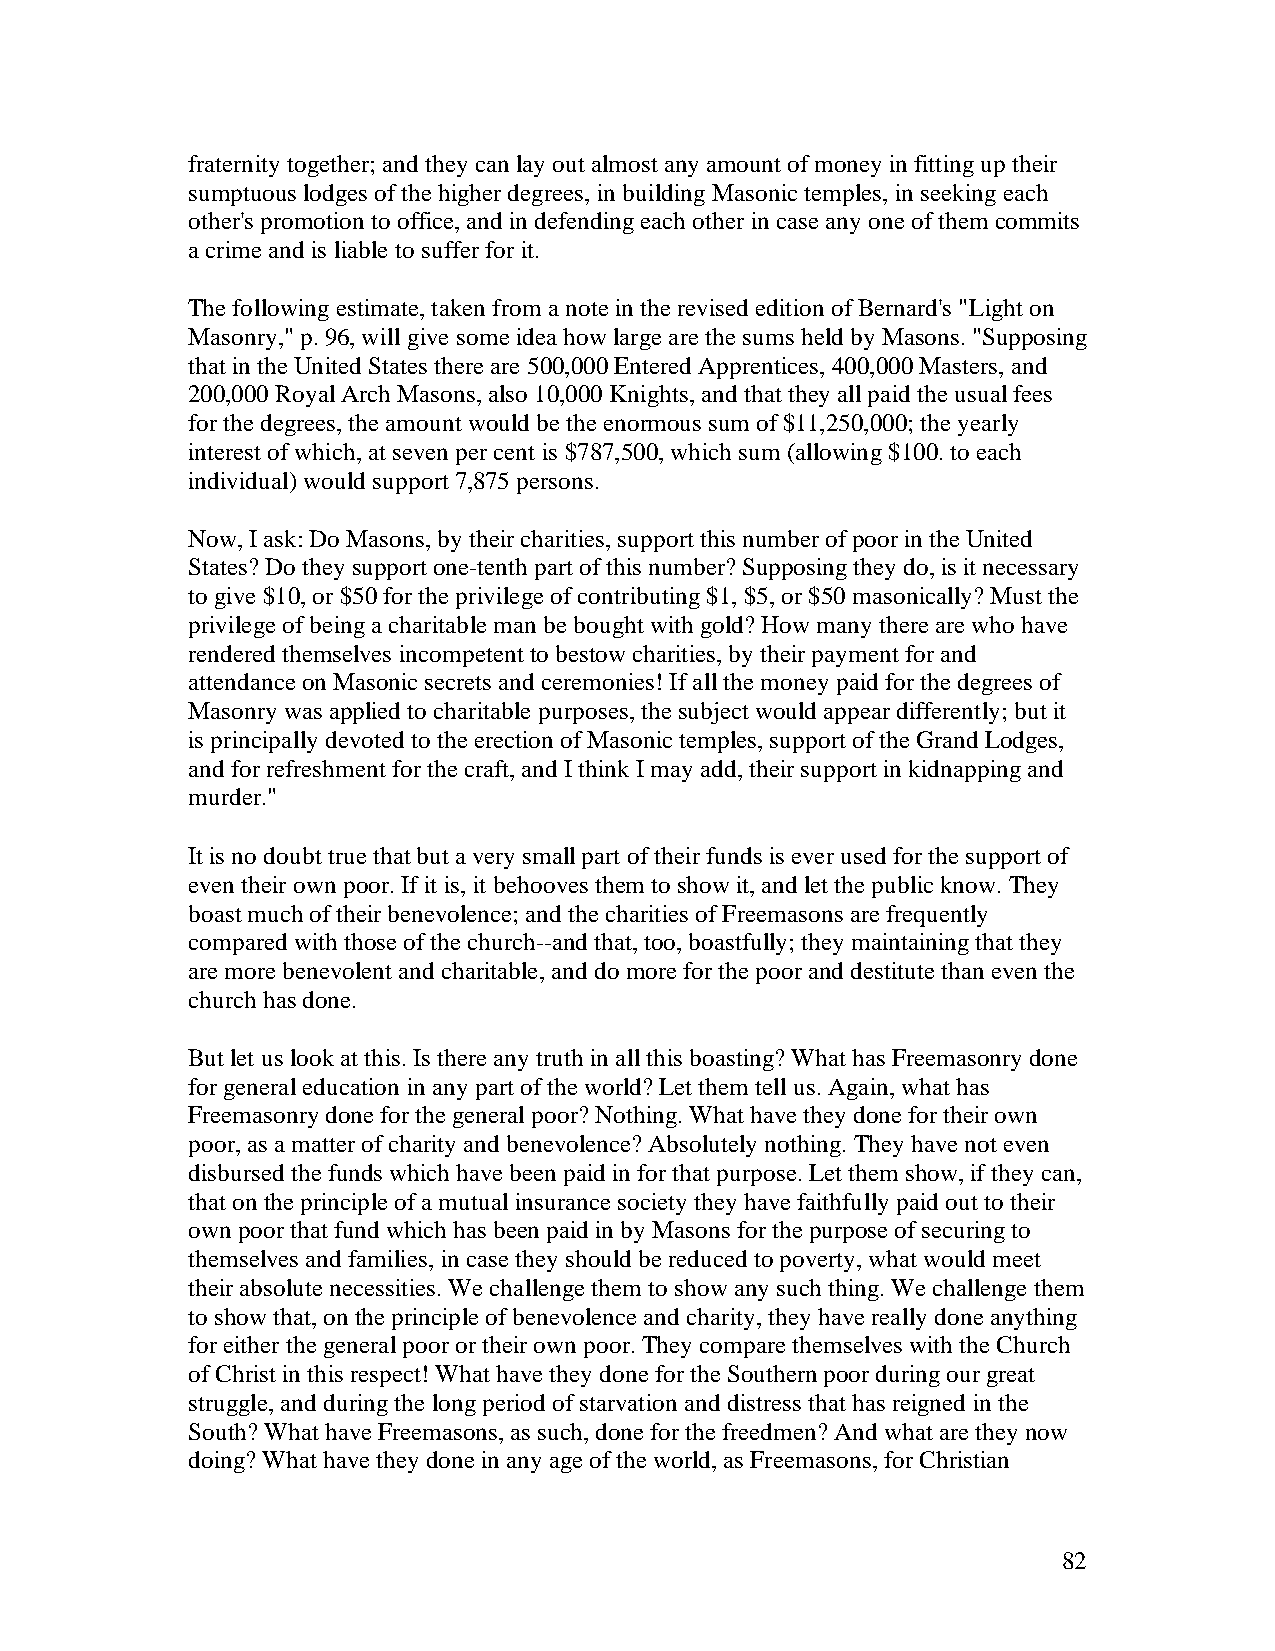
fraternity together; and they can lay out almost any amount of money in fitting up their
 sumptuous lodges of the higher degrees, in building Masonic temples, in seeking each
 other's promotion to office, and in defending each other in case any one of them commits
 a crime and is liable to suffer for it.
 The following estimate, taken from a note in the revised edition of Bernard's "Light on
 Masonry," p. 96, will give some idea how large are the sums held by Masons. "Supposing
 that in the United States there are 500,000 Entered Apprentices, 400,000 Masters, and
 200,000 Royal Arch Masons, also 10,000 Knights, and that they all paid the usual fees
 for the degrees, the amount would be the enormous sum of $11,250,000; the yearly
 interest of which, at seven per cent is $787,500, which sum (allowing $100. to each
 individual) would support 7,875 persons.
 Now, I ask: Do Masons, by their charities, support this number of poor in the United
 States? Do they support one-tenth part of this number? Supposing they do, is it necessary
 to give $10, or $50 for the privilege of contributing $1, $5, or $50 masonically? Must the
 privilege of being a charitable man be bought with gold? How many there are who have
 rendered themselves incompetent to bestow charities, by their payment for and
 attendance on Masonic secrets and ceremonies! If all the money paid for the degrees of
 Masonry was applied to charitable purposes, the subject would appear differently; but it
 is principally devoted to the erection of Masonic temples, support of the Grand Lodges,
 and for refreshment for the craft, and I think I may add, their support in kidnapping and
 murder."
 It is no doubt true that but a very small part of their funds is ever used for the support of
 even their own poor. If it is, it behooves them to show it, and let the public know. They
 boast much of their benevolence; and the charities of Freemasons are frequently
 compared with those of the church--and that, too, boastfully; they maintaining that they
 are more benevolent and charitable, and do more for the poor and destitute than even the
 church has done.
 But let us look at this. Is there any truth in all this boasting? What has Freemasonry done
 for general education in any part of the world? Let them tell us. Again, what has
 Freemasonry done for the general poor? Nothing. What have they done for their own
 poor, as a matter of charity and benevolence? Absolutely nothing. They have not even
 disbursed the funds which have been paid in for that purpose. Let them show, if they can,
 that on the principle of a mutual insurance society they have faithfully paid out to their
 own poor that fund which has been paid in by Masons for the purpose of securing to
 themselves and families, in case they should be reduced to poverty, what would meet
 their absolute necessities. We challenge them to show any such thing. We challenge them
 to show that, on the principle of benevolence and charity, they have really done anything
 for either the general poor or their own poor. They compare themselves with the Church
 of Christ in this respect! What have they done for the Southern poor during our great
 struggle, and during the long period of starvation and distress that has reigned in the
 South? What have Freemasons, as such, done for the freedmen? And what are they now
 doing? What have they done in any age of the world, as Freemasons, for Christian
 82